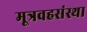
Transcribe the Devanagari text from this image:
मूत्रवहसंस्था